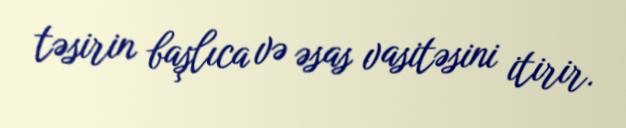
təsirin başlıca və əsas vasitəsini itirir.